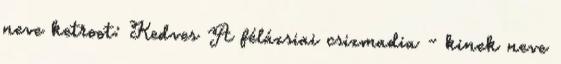
neve ketroot: Kedves A félázsiai csizmadia - kinek neve